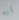
أنه